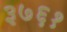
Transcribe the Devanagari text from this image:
३७६१